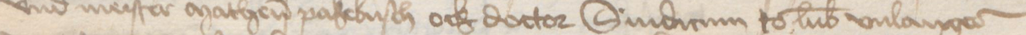
vnd meister Matheus Pakebusch ock doctor Sindicum to Lubeke vnlangeder